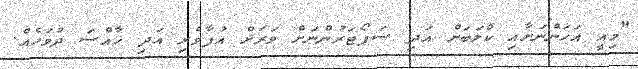
"މިއީ އަހަންނަށާއި ކްލަބަށް އަދި ސަޕޯޓަރުންނަށް ވަރަށް އުފާވެރި އަދި ޚާއްސަ ދުވަހެއް.